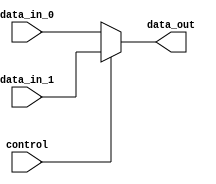
module mux(
    input [7:0] data_in_0,
    input [7:0] data_in_1,
    input control,
    output reg [7:0] data_out
);

always @(control or data_in_0 or data_in_1)
begin
    if(control)
        data_out = data_in_1;
    else
        data_out = data_in_0;
end

endmodule